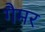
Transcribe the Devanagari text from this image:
गैमर